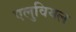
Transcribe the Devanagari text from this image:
एलुवियल